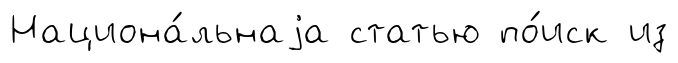
Национа́льнаjа статью по́иск из